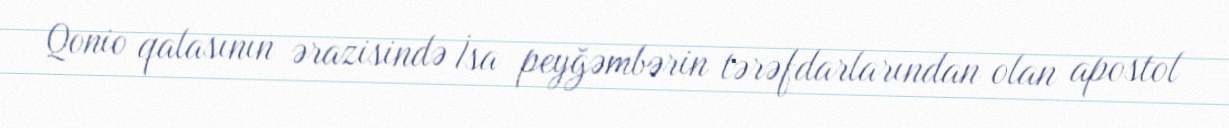
Qonio qalasının ərazisində İsa peyğəmbərin tərəfdarlarından olan apostol